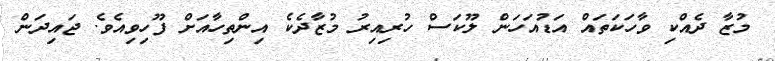
މުޒާ ދެއްކި ވާހަކަތައް އަޑުއަހަން ލޫކަސް ހުރިއިރު މުޒާދެކެ އިންތިހާއަށް ފޫހިވިއެވެ. ޖައިދަން